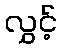
လွှင့်